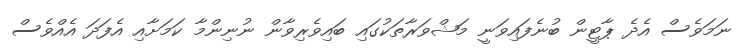
ނަމަވެސް އެދެ ޕާޓީން ބުނެފައިވަނީ މަޝްވަރާތަކުގައި ބައިވެރިވާން ނުނިންމާ ކަމަށާއި އެފަދަ އެއްވެސް